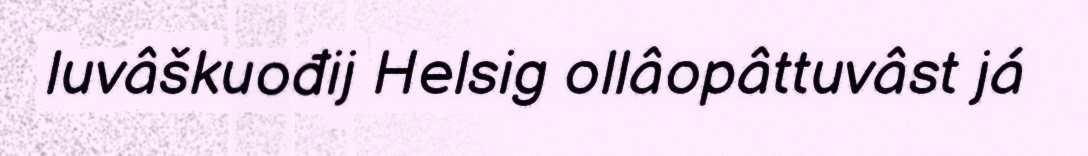
luvâškuođij Helsig ollâopâttuvâst já